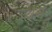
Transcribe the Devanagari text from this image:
उथर्स